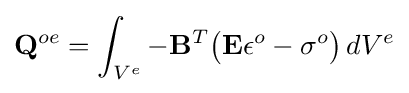
\mathbf {Q} ^{oe}=\int _{V^{e}}-\mathbf {B} ^{T}{\big (}\mathbf {E} \mathbf {\epsilon } ^{o}-\mathbf {\sigma } ^{o}{\big )}\,dV^{e}